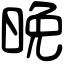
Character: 晩